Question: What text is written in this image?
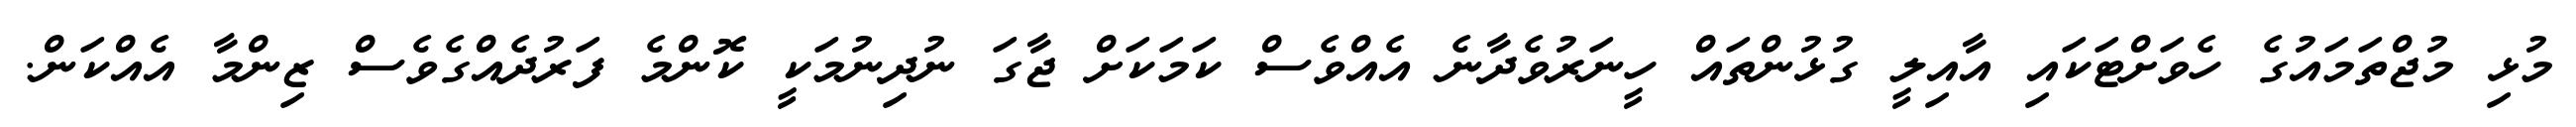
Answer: މުޅި މުޖްތަމައުގެ ހެވަށްޓަކައި އާއިލީ ގުޅުންތައް ހީނަރުވެދާނެ އެއްވެސް ކަމަކަށް ޖާގަ ނުދިނުމަކީ ކޮންމެ ފަރުދެއްގެވެސް ޒިންމާ އެއްކަން.